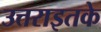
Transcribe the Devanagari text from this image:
उत्तराइतके